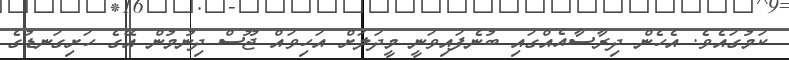
ކަމުގައެވެ. އެހެން ދިރާސާއެއްގައި ބުނެފައިވަނީ މީދަލަށް އަހިވައް ޖޫސް ދިނުމުން އޭގެ ހަށިގަނޑުގެ